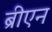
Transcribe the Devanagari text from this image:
ब्रीएन